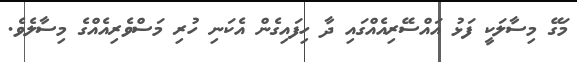
މަގޭ މިސާލަކީ ފަޅު އައްސޭރިއެއްގައި ދާ ހިފައިގެން އެކަނި ހުރި މަސްވެރިއެއްގެ މިސާލެވެ.